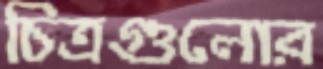
চিত্রগুলোর